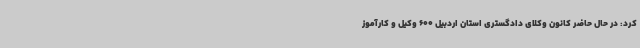
کرد: در حال حاضر کانون وکلای دادگستری استان اردبیل 600 وکیل و کارآموز